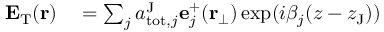
\begin{array} { r l } { \mathbf { E } _ { \mathrm { T } } ( \mathbf { r } ) } & { { } = \sum _ { j } a _ { \mathrm { t o t } , j } ^ { \mathrm { J } } \mathbf { e } _ { j } ^ { + } ( \mathbf { r } _ { \perp } ) \exp ( i \beta _ { j } ( z - z _ { \mathrm { J } } ) ) } \end{array}